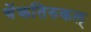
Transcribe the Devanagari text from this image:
चेंकतिरुकल्